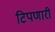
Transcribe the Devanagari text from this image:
टिपणारी